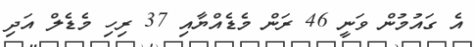
އެ ގައުމުން ވަނީ 46 ރަން މެޑެއްޔާއި 37 ރިހި މެޑެލް އަދި